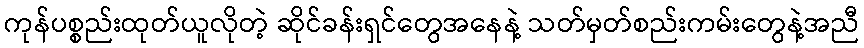
ကုန်ပစ္စည်းထုတ်ယူလိုတဲ့ ဆိုင်ခန်းရှင်တွေအနေနဲ့ သတ်မှတ်စည်းကမ်းတွေနဲ့အညီ